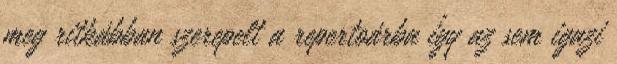
meg ritkábban szerepelt a repertoárba így az sem igazi